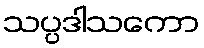
သပ္ပဒါသကော